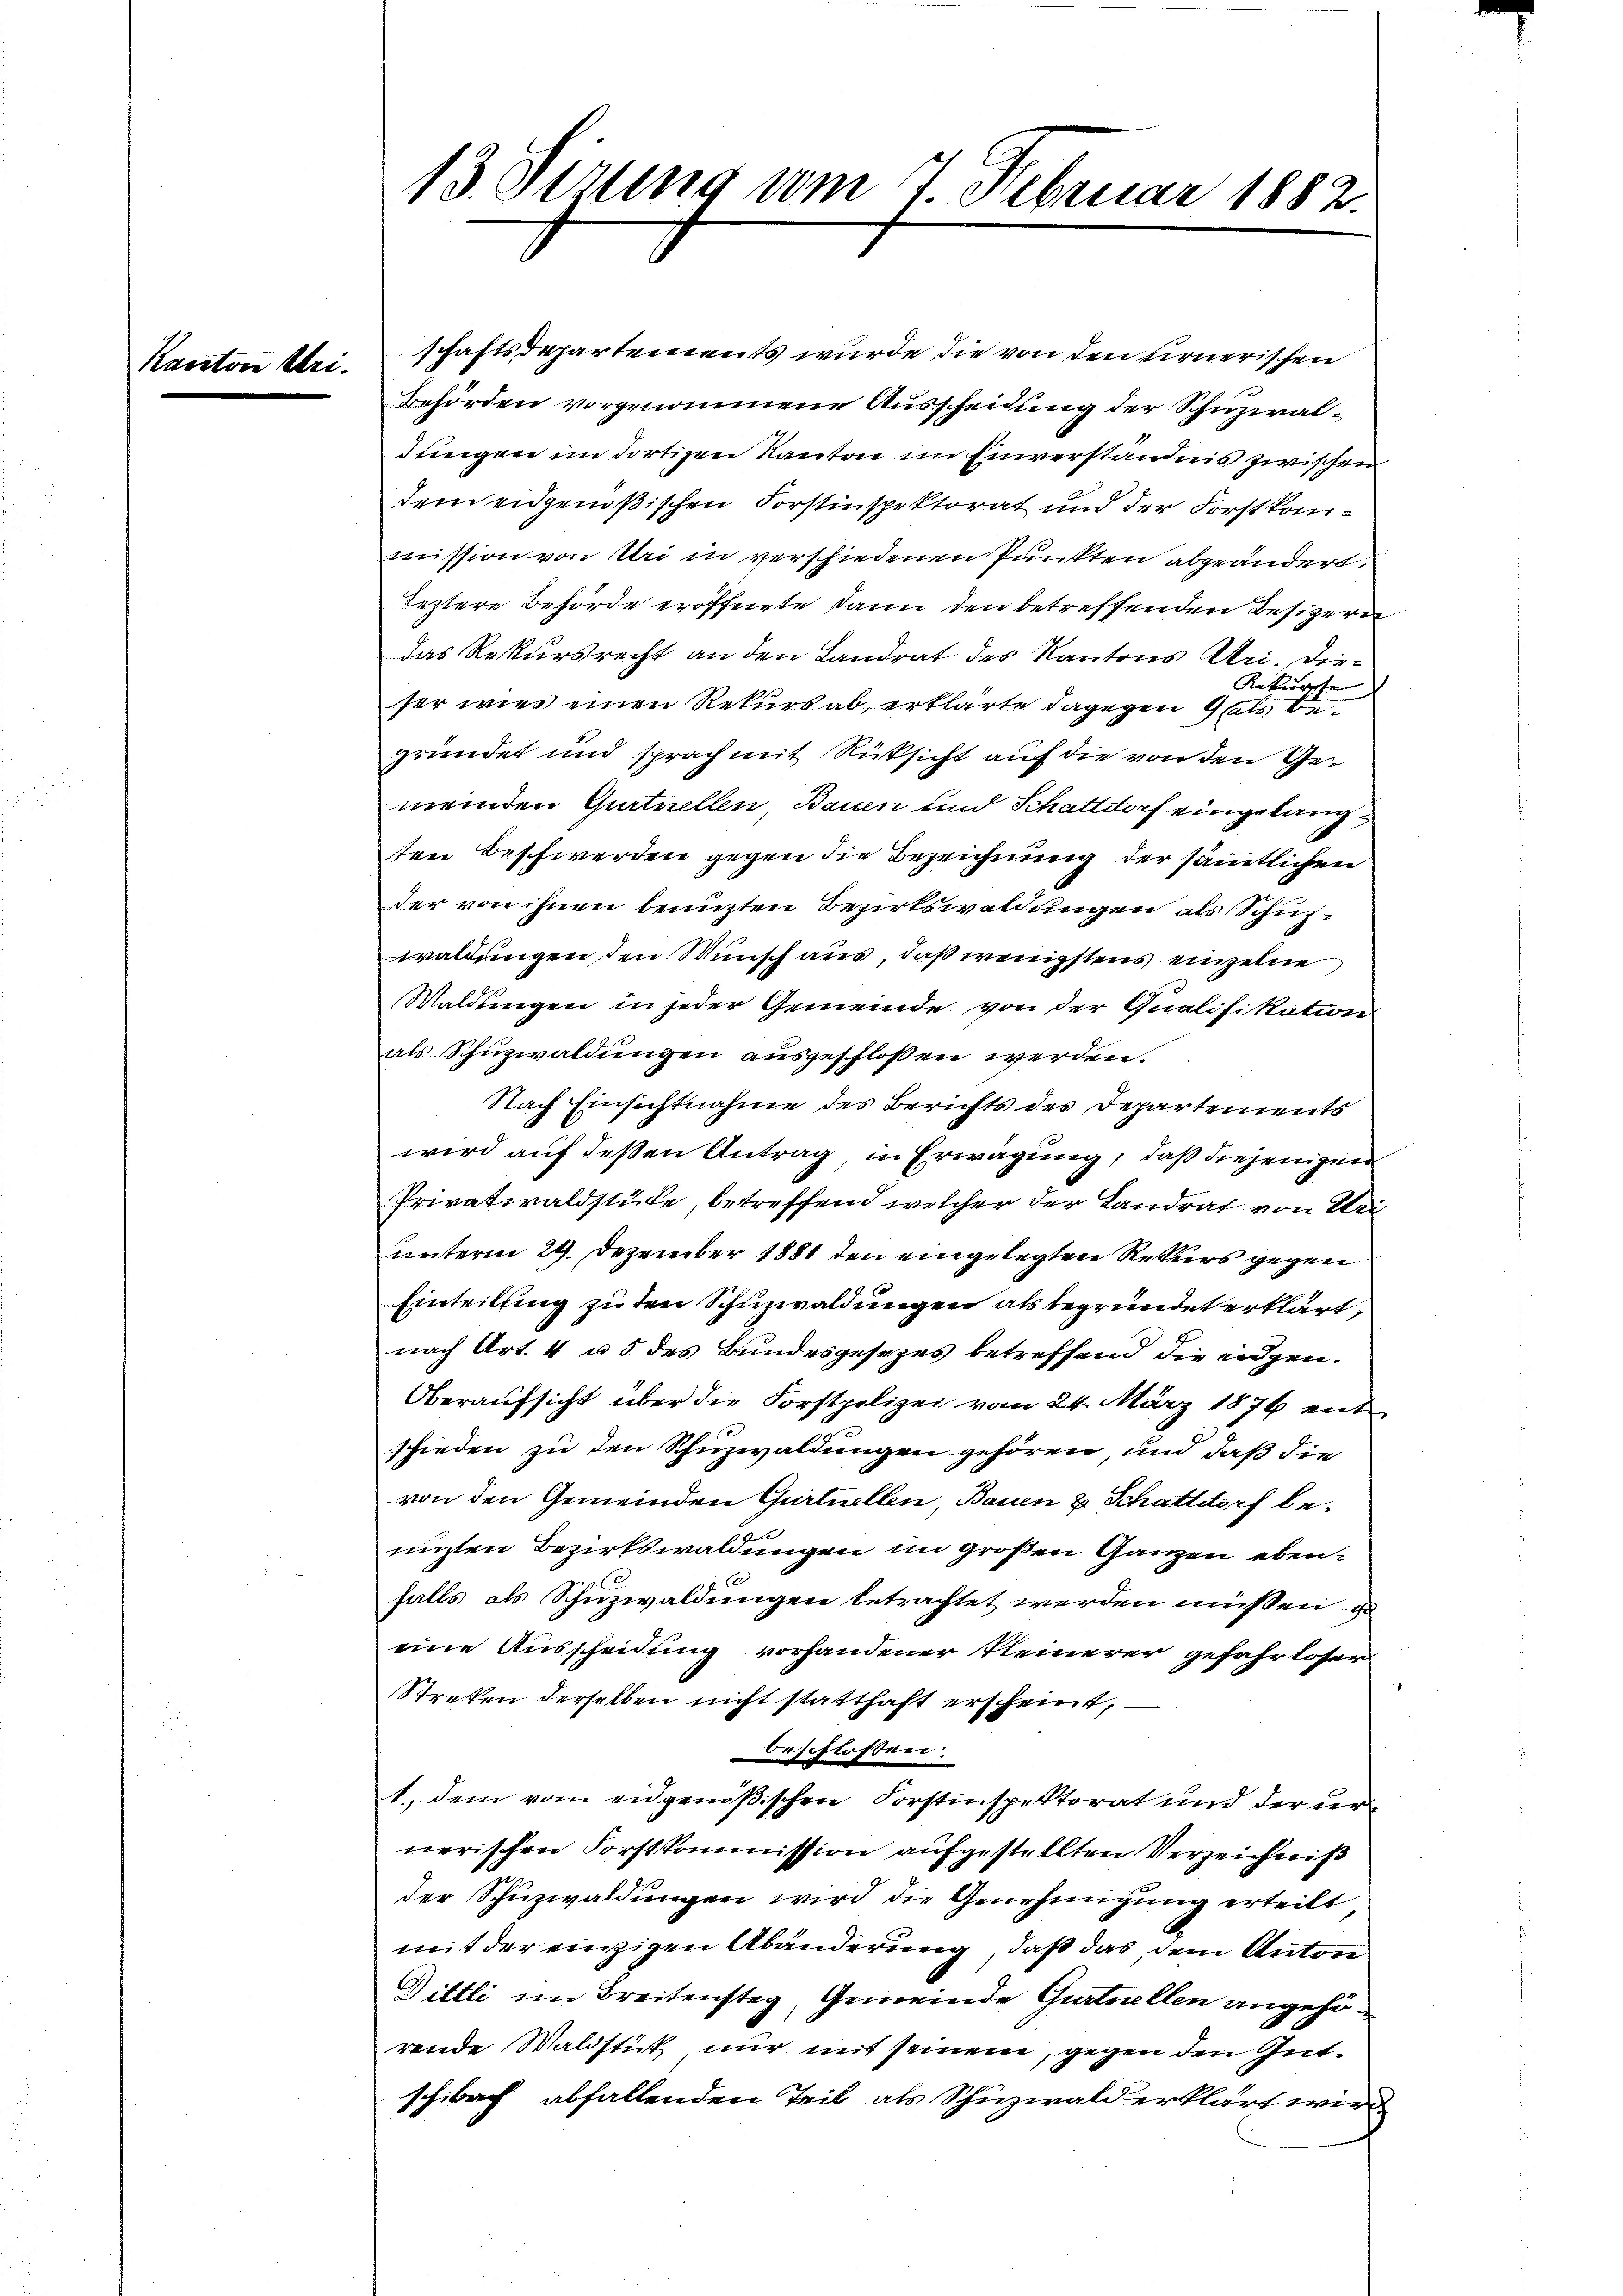
Kanton

kei¬

13. Dezung vom 7 Februar 1882.

schaftsdepartements wurde die von den firnerischen
Behörden vorgenommene Ausscheidung der Schuzialdungen im dortigen Kanton im Einverständnis zwischen
dem eidgenößischen Forstinspektorat und der Forstkommission von Uri in verschiedenen Punkten abgeändert.
Teztere Behörde eröffnete dann den betreffenden Besitzern
das Rekursrecht an den Landrat des Kantons Uri. Die¬
Rakurphe
ser wies einen Rekurs ab, erklärte dagegen Glatt begründet und sprach mit Rücksicht auf die von den Gemeinden Gurtnellen, Bauen und Schattdorf eingelangten Beschwerden gegen die Bezeichnung der sämmtlichen
der von ihnen benuzten Bezirkswaldungen als Schupwaldungen, den Wunsch aus, daß wenigstens einzelne
Waldungen in jeder Gemeinde von der Qualifikation
als Schuzwaldungen ausgeschlossen werden.
Nach Einsichtnahme des Berichts des Departements
wird auf deßen Antrag in Erwägung, daß diejenigen
Privatwaldstücke, betreffend welcher der Landrat von Uri
uunterm 29. Dezember 1881 den eingelegten Rekurs gegen
Einteilung zu den Schuzwaldungen als begründet erklärt,
nach Art. 4 u. 5 des Bundesgesezes betreffend die eidgen.
Oberaufsicht über die Forstpolizei vom 24. März 1876 entschieden zu den Schuzwaldungen gehören, und daß die
von den Gemeinden Gurtuellen, Bauen & Schattdorf benizten Bezirkswaldungen im großen Ganzen ebenfalls als Schuzwaldungen betrachtet werden müßen, u
eine Ausscheidung vorhandener Kleinerer gefahrloser
Streten derselben nicht statthaft erscheint,
beschlossen:
1. dem vom eidgenößischen Forstinspektorat und der urnerischen Forstkommission aufgestellten Verzeichniß
der Schuzwaldungen wird die Genehmigung erteilt
mit der einzigen Abänderung, daß das dem Anton
Dittli im Breitenstag, Gemeinde Gurtnellen angehörende Waldstick nur mit seinem, gegen den Gutschbach abfallenden Teil als Schuzwald erklärt wird